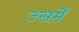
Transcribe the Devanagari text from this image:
उसमेँ